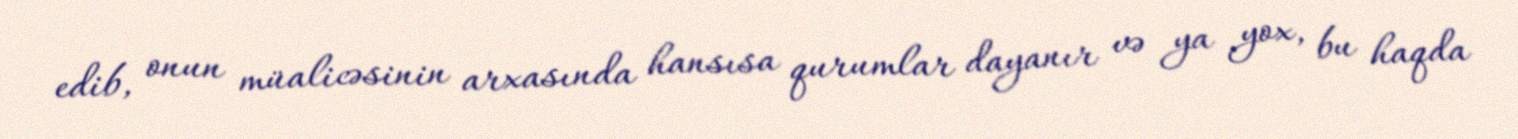
edib, onun müalicəsinin arxasında hansısa qurumlar dayanır və ya yox, bu haqda